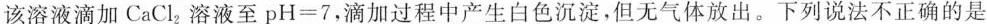
该溶液滴加CaCl_{2}溶液至$$p H = 7$$，滴加过程中产生白色沉淀，但无气体放出。下列说法不正确的是